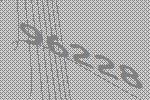
96228